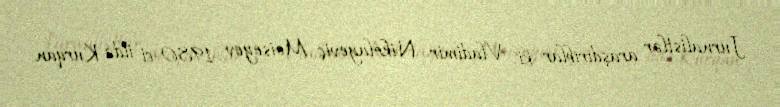
Jurnalistlər araşdırıblar ki, Vladimir Nikolayeviç Moiseyev 1980-ci ildə Kurqan